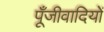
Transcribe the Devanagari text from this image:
पूँजीवादियों